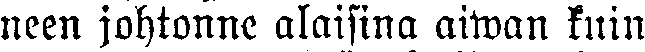
neen johtonne alaisina aiwan kuin